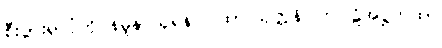
စီးပွားရှာပုံကို နမူနာယူရန် ဂါထာ။သုတ္တနိပါတပါဠိအဋ္ဌကထာ